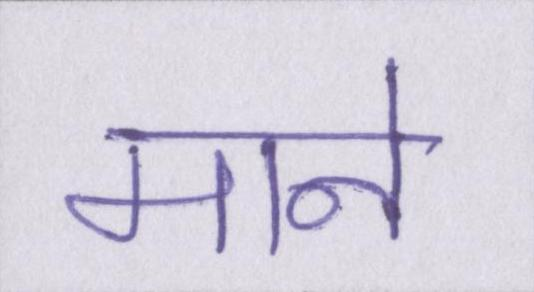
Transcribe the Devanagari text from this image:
माने